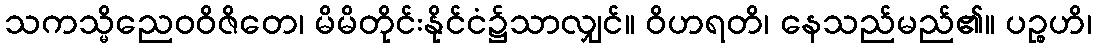
သကသ္မိညေဝဝိဇိတေ၊ မိမိတိုင်းနိုင်ငံ၌သာလျှင်။ ဝိဟရတိ၊ နေသည်မည်၏။ ပဉ္စဟိ၊